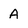
Character: A